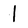
Character: l